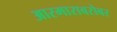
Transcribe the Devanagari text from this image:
आरमाराबरोबर